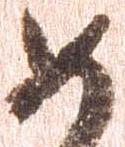
如